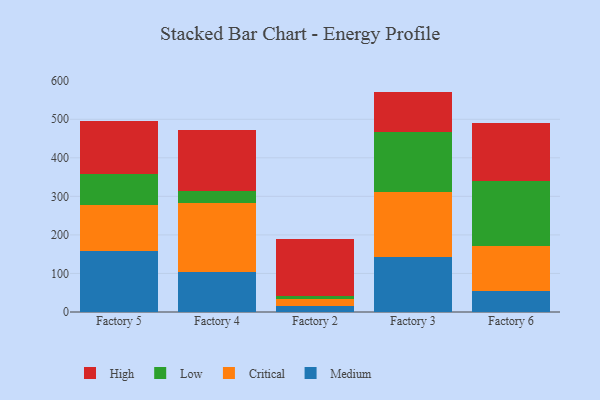
{"axis": {"x": "Factory", "y": "Active Users"}, "legend": ["Critical", "High", "Low", "Medium"], "data": [{"x": "Factory 5", "y": 158.9, "type": "Medium"}, {"x": "Factory 5", "y": 117.7, "type": "Critical"}, {"x": "Factory 5", "y": 81.9, "type": "Low"}, {"x": "Factory 5", "y": 137.9, "type": "High"}, {"x": "Factory 4", "y": 103.6, "type": "Medium"}, {"x": "Factory 4", "y": 180.0, "type": "Critical"}, {"x": "Factory 4", "y": 31.0, "type": "Low"}, {"x": "Factory 4", "y": 158.1, "type": "High"}, {"x": "Factory 2", "y": 16.1, "type": "Medium"}, {"x": "Factory 2", "y": 18.7, "type": "Critical"}, {"x": "Factory 2", "y": 7.5, "type": "Low"}, {"x": "Factory 2", "y": 147.5, "type": "High"}, {"x": "Factory 3", "y": 144.0, "type": "Medium"}, {"x": "Factory 3", "y": 167.6, "type": "Critical"}, {"x": "Factory 3", "y": 156.0, "type": "Low"}, {"x": "Factory 3", "y": 104.2, "type": "High"}, {"x": "Factory 6", "y": 53.4, "type": "Medium"}, {"x": "Factory 6", "y": 117.4, "type": "Critical"}, {"x": "Factory 6", "y": 169.6, "type": "Low"}, {"x": "Factory 6", "y": 150.6, "type": "High"}]}